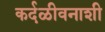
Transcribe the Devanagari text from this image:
कर्दळीवनाशी